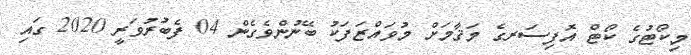
މިކޯޓުގެ ކޯޓް އޮފިސަރގެ މަޤާމަށް މުވައްޒަފަކު ބޭނުންވެގެން 04 ފެބުރުވަރީ 2020 ގައި